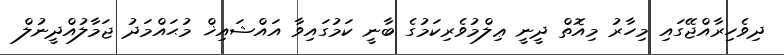
ދިވެހިރާއްޖޭގައި މިހާރު މިއޮތް ދީނީ ޢިލްމުވެރިކަމުގެ ބާނީ ކަމުގައިވާ އައްޝައިޚް މުޙައްމަދު ޖަމާލުއްދީނުލް